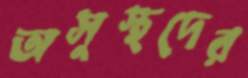
অসুস্থদের